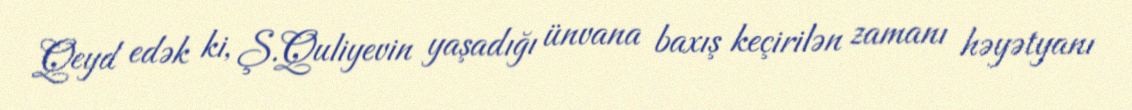
Qeyd edək ki, Ş.Quliyevin yaşadığı ünvana baxış keçirilən zamanı həyətyanı